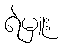
ရဲမှူး